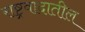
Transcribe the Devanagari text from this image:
राष्ट्रवादातील